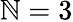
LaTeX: \mathbb{N}=3